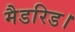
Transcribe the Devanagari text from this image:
मैडरिड।